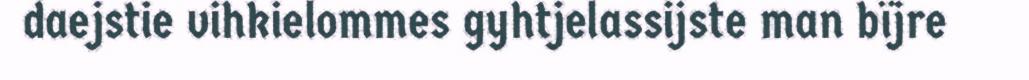
daejstie vihkielommes gyhtjelassijste man bïjre